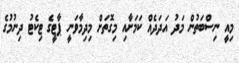
މިއީ ނިސްބަތުން މަދު އަދަދެއް ކަމަށާއި މިގޮތަށް މިދިމާވަނީ ޕާޓީގެ ޓިކެޓު ދިނުމުގެ